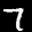
Label: 7